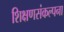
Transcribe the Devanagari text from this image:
शिक्षणसंकल्पना